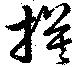
摸